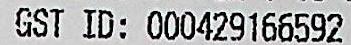
GST ID: 000429166592